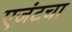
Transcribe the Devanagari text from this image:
एजंटचा